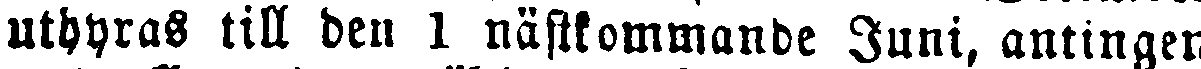
uthyras till den 1 nästkommande Juni, antingen